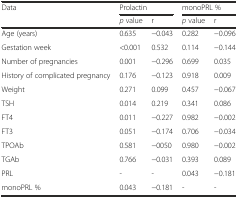
<table><thead><tr><td rowspan="2"><b>Data</b></td><td colspan="2"><b>Prolactin</b></td><td colspan="2"><b>monoPRL %</b></td></tr><tr><td><b><i>p</i> value</b></td><td><b>r</b></td><td><b><i>p</i> value</b></td><td><b>r</b></td></tr></thead><tbody><tr><td>Age (years)</td><td>0.635</td><td>−0.043</td><td>0.282</td><td>−0.096</td></tr><tr><td>Gestation week</td><td>&lt;0.001</td><td>0.532</td><td>0.114</td><td>−0.144</td></tr><tr><td>Number of pregnancies</td><td>0.001</td><td>−0.296</td><td>0.699</td><td>0.035</td></tr><tr><td>History of complicated pregnancy</td><td>0.176</td><td>−0.123</td><td>0.918</td><td>0.009</td></tr><tr><td>Weight</td><td>0.271</td><td>0.099</td><td>0.457</td><td>−0.067</td></tr><tr><td>TSH</td><td>0.014</td><td>0.219</td><td>0.341</td><td>0.086</td></tr><tr><td>FT4</td><td>0.011</td><td>−0.227</td><td>0.982</td><td>−0.002</td></tr><tr><td>FT3</td><td>0.051</td><td>−0.174</td><td>0.706</td><td>−0.034</td></tr><tr><td>TPOAb</td><td>0.581</td><td>−0050</td><td>0.980</td><td>−0.002</td></tr><tr><td>TGAb</td><td>0.766</td><td>−0.031</td><td>0.393</td><td>0.089</td></tr><tr><td>PRL</td><td>-</td><td>-</td><td>0.043</td><td>−0.181</td></tr><tr><td>monoPRL %</td><td>0.043</td><td>−0.181</td><td>-</td><td>-</td></tr></tbody></table>